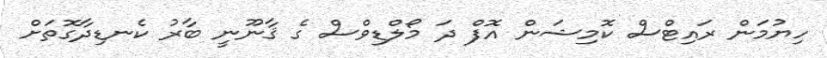
ހިޔުމަން ރައިޓްސް ކޮމިޝަން އޮފް ދަ މޯލްޑިވްސް ގެ ޤާނޫނީ ބާރު ކެނޑިދާގޮތަށް